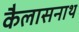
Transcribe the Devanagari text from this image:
कैलासनाथ